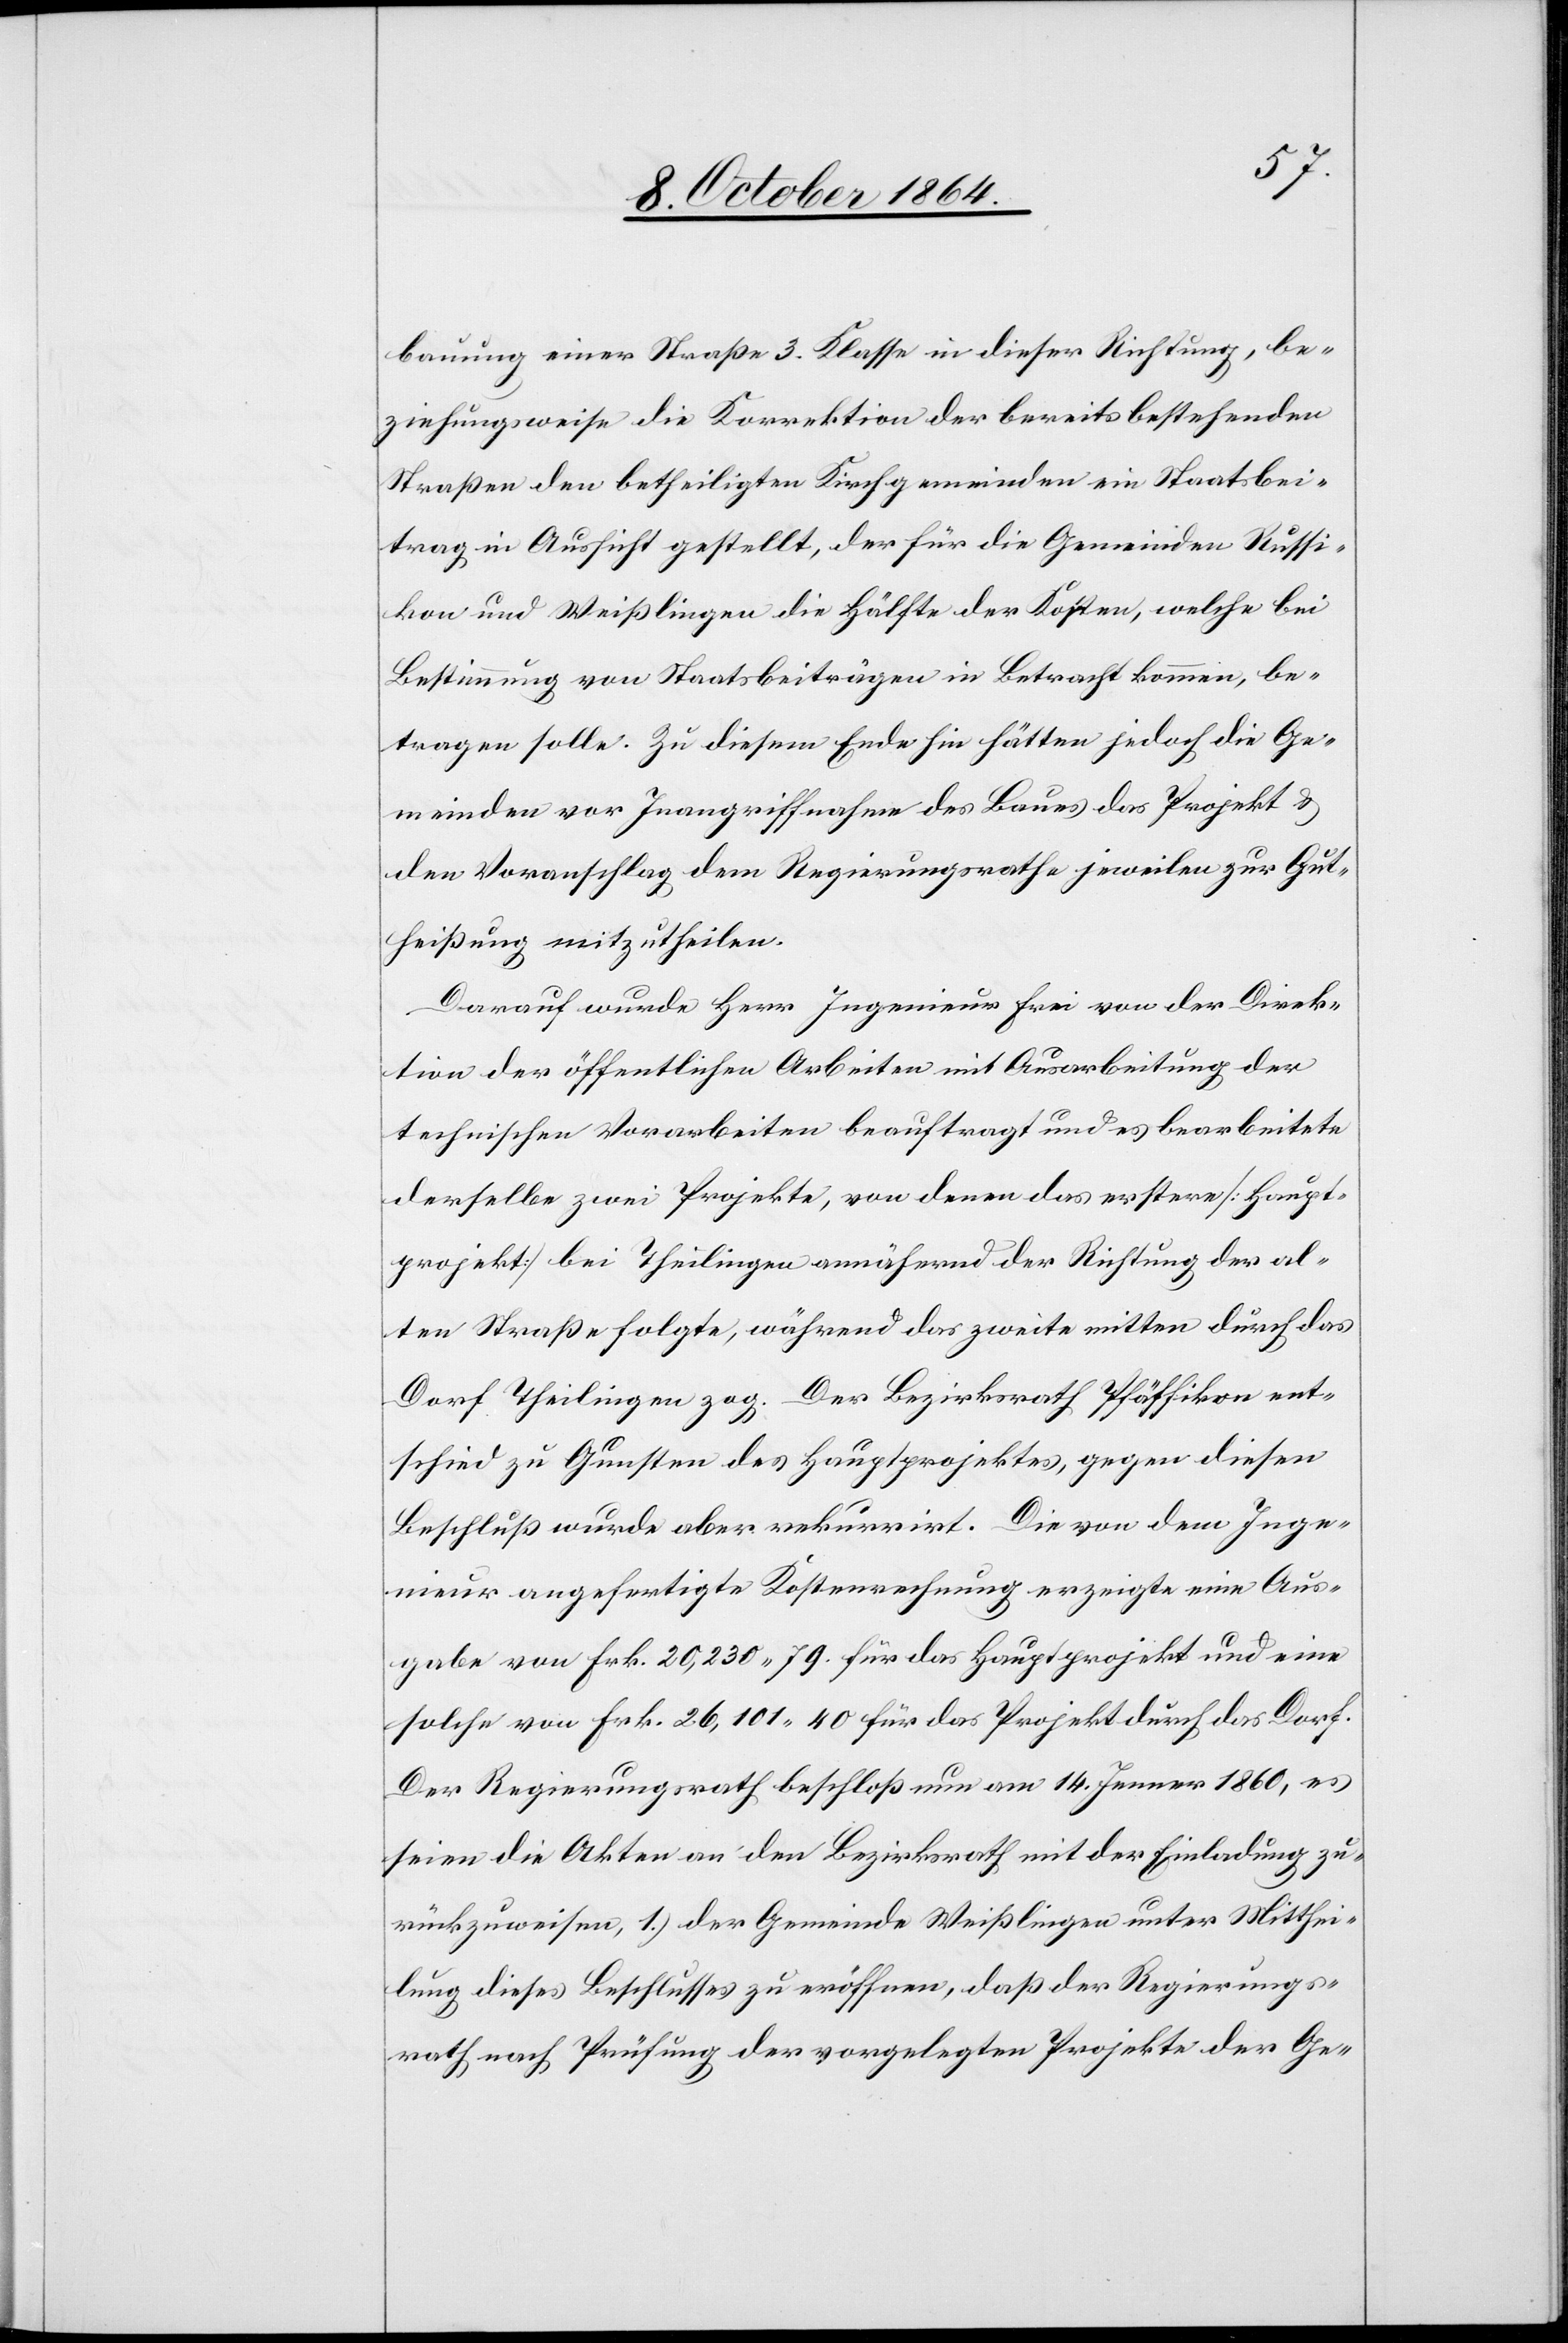
bauung einer Straße 3. Klasse in dieser Richtung, be¬
ziehungsweise die Korrektion der bereits bestehenden
Straßen den betheiligten Kirchgemeinden ein Staatsbei¬
trag in Aussicht gestellt, der für die Gemeinden Russi¬
kon und Weißlingen die Hälfte der Kosten, welche bei
Bestimmung von Staatsbeiträgen in Betracht kommen, be¬
tragen solle. Zu diesem Ende hin hätten jedoch die Ge¬
meinden vor Inangriffnahme des Baues das Project &
den Voranschlag dem Regierungsrathe jeweilen zur Gut¬
heißung mitzutheilen.
Darauf wurde Herr Ingenieur Frei von der Direk¬
tion der öffentlichen Arbeiten mit Ausarbeitung der
technischen Vorarbeiten beauftragt und es bearbeitete
derselbe zwei Projekte, von denen das erstere [Haupt¬
projekt] bei Theilingen annähernd der Richtung der al¬
ten Straße folgte, während das zweite mitten durch das
Dorf Theilingen zog. Der Bezirksrath Pfäffikon ent¬
schied zu Gunsten des Hauptprojektes, gegen diesen
Beschluß wurde aber rekurrirt. Die von dem Inge¬
nieur angefertigte Kostenrechnung erzeigte eine Aus¬
gabe von Frk. 20,230.79. für das Hauptprojekt und eine
solche von Frk. 26,101.40 für das Projekt durch das Dorf.
Der Regierungsrath beschloß nun am 14. Jenner 1860, es
seien die Akten an den Bezirksrath mit der Einladung zu¬
rückzuweisen, 1.) der Gemeinde Weißlingen unter Mitthei¬
lung dieses Beschlusses zu eröffnen, daß der Regierungs¬
rath nach Prüfung der vorgelegten Projekte der Ge-